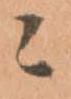
ニ